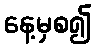
နေ့မှစ၍